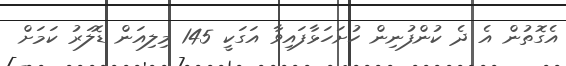
އެގޮތުން އެ ދެ ކުންފުނިން ހުށަހަޅާފައިވާ އަގަކީ 145 މިލިއަން ޑޮލަރު ކަމަށް